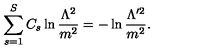
\sum _ { s = 1 } ^ { S } C _ { s } \ln \frac { \Lambda ^ { 2 } } { m ^ { 2 } } = - \ln \frac { \Lambda ^ { \prime 2 } } { m ^ { 2 } } .